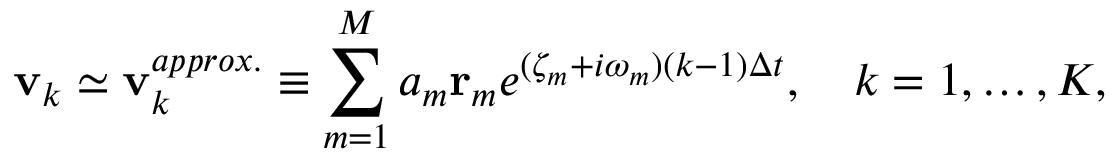
\mathbf { v } _ { k } \simeq \mathbf { v } _ { k } ^ { a p p r o x . } \equiv \sum _ { m = 1 } ^ { M } a _ { m } { \bf r } _ { m } e ^ { ( \zeta _ { m } + i \omega _ { m } ) ( k - 1 ) \Delta t } , \quad k = 1 , \ldots , K ,